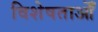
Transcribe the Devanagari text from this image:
विशेषताओँ